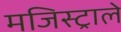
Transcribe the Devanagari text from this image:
मजिस्ट्राले